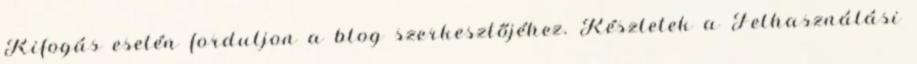
Kifogás esetén forduljon a blog szerkesztőjéhez. Részletek a Felhasználási